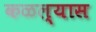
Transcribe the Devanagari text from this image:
कळल्यास